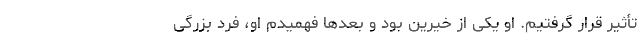
تأثیر قرار گرفتیم. او یکی از خیرین بود و بعدها فهمیدم او، فرد بزرگی